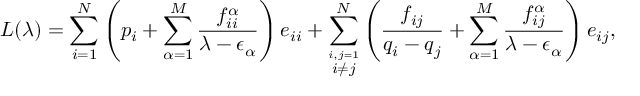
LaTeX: L ( \lambda ) = \sum \sb { i = 1 } \sp N \left( p \sb i + \sum \sb { \alpha = 1 } \sp M { \frac { f \sb { i i } \sp \alpha } { \lambda - \epsilon \sb \alpha } } \right) e \sb { i i } + \sum \sb { \stackrel { i , j = 1 } { i \neq j } } \sp N \left( { \frac { f \sb { i j } } { q \sb i - q \sb j } } + \sum \sb { \alpha = 1 } \sp M { \frac { f \sb { i j } \sp \alpha } { \lambda - \epsilon \sb \alpha } } \right) e \sb { i j } ,